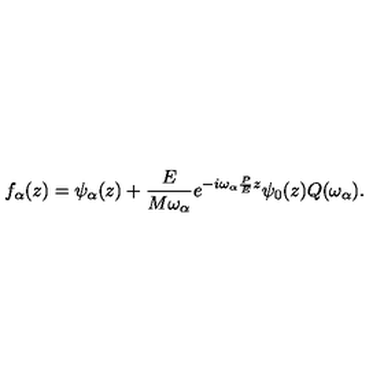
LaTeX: f _ { \alpha } ( z ) = \psi _ { \alpha } ( z ) + \frac E { M \omega _ { \alpha } } e ^ { - i \omega _ { \alpha } \frac P E z } \psi _ { 0 } ( z ) Q ( \omega _ { \alpha } ) .